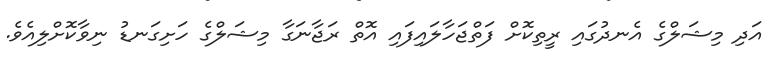
އަދި މިޝަލްގެ އެނދުގައި ރީތިކޮށް ފަތްޖަހާލައިފައި އޮތް ރަޖާނަގާ މިޝަލްގެ ހަށިގަނޑު ނިވާކޮށްލިއެވެ.